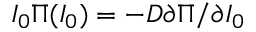
I _ { 0 } \Pi ( I _ { 0 } ) = - D \partial \Pi / \partial I _ { 0 }